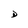
Character: D